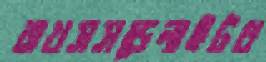
রাখসসডেলাইটধ